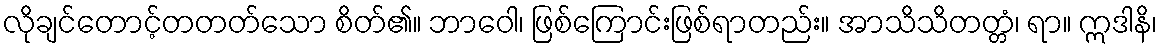
လိုချင်တောင့်တတတ်သော စိတ်၏။ ဘာဝေါ၊ ဖြစ်ကြောင်းဖြစ်ရာတည်း။ အာသိသိတတ္တံ၊ ရာ။ ဣဒါနိ၊